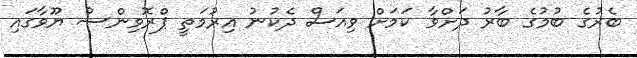
ބެރުގެ ބުމުގެ ބާރު ދަށްވާ ކަމަށް ވިއަސް ދެކުނު އިރުމަތީ ޕްރޮވިންސު ޔޫވާގައި